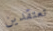
تعتقدين